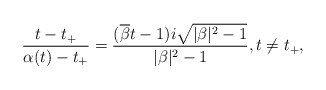
\begin{align*} \frac{t-t_+}{\alpha(t)-t_+}= \frac{(\overline{\beta}t-1)i \sqrt{|\beta|^2-1}}{|\beta|^2-1}, t\neq t_+, \end{align*}